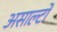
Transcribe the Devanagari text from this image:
असाल्टों